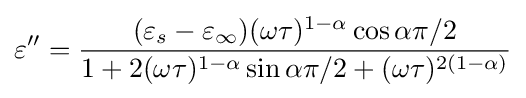
\varepsilon ''={\frac {(\varepsilon _{s}-\varepsilon _{\infty })(\omega \tau )^{1-\alpha }\cos \alpha \pi /2}{1+2(\omega \tau )^{1-\alpha }\sin \alpha \pi /2+(\omega \tau )^{2(1-\alpha )}}}